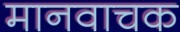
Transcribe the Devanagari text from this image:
मानवाचक